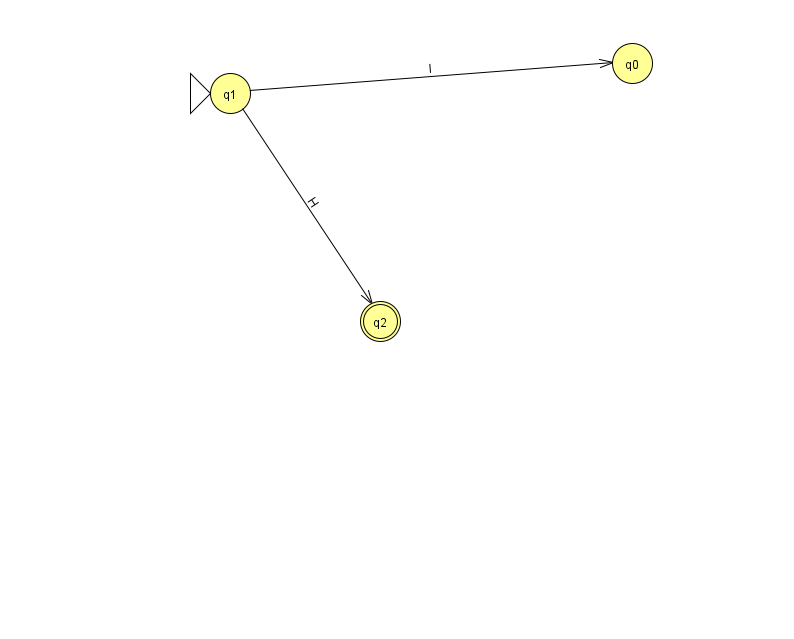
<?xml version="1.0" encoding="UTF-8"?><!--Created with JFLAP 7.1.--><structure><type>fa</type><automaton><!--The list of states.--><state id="0" name="q0"><x>632.0</x><y>50.0</y></state><state id="1" name="q1"><x>230.0</x><y>80.0</y><initial/></state><state id="2" name="q2"><x>380.0</x><y>308.0</y><final/></state><!--The list of transitions.--><transition><from>1</from><to>2</to><read>H</read></transition><transition><from>1</from><to>0</to><read>I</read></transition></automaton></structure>